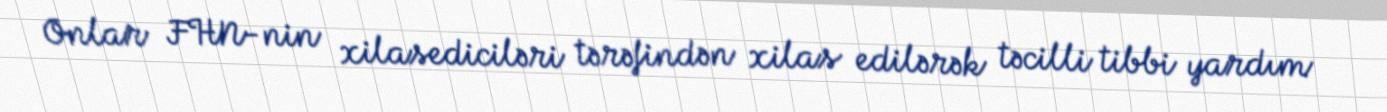
Onlar FHN-nin xilasediciləri tərəfindən xilas edilərək təcilli tibbi yardım